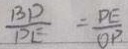
\frac { B D } { D E } = \frac { D E } { O P }